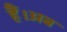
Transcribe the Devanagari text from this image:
हैं।अब